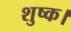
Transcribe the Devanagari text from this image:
शुष्क।